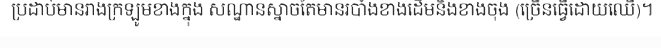
ប្រដាប់មានរាងក្រឡូមខាងក្នុង សណ្ឋានស្នាចតែមានរបាំងខាងដើមនិងខាងចុង (ច្រើនធ្វើដោយឈើ)។